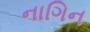
નાગિન